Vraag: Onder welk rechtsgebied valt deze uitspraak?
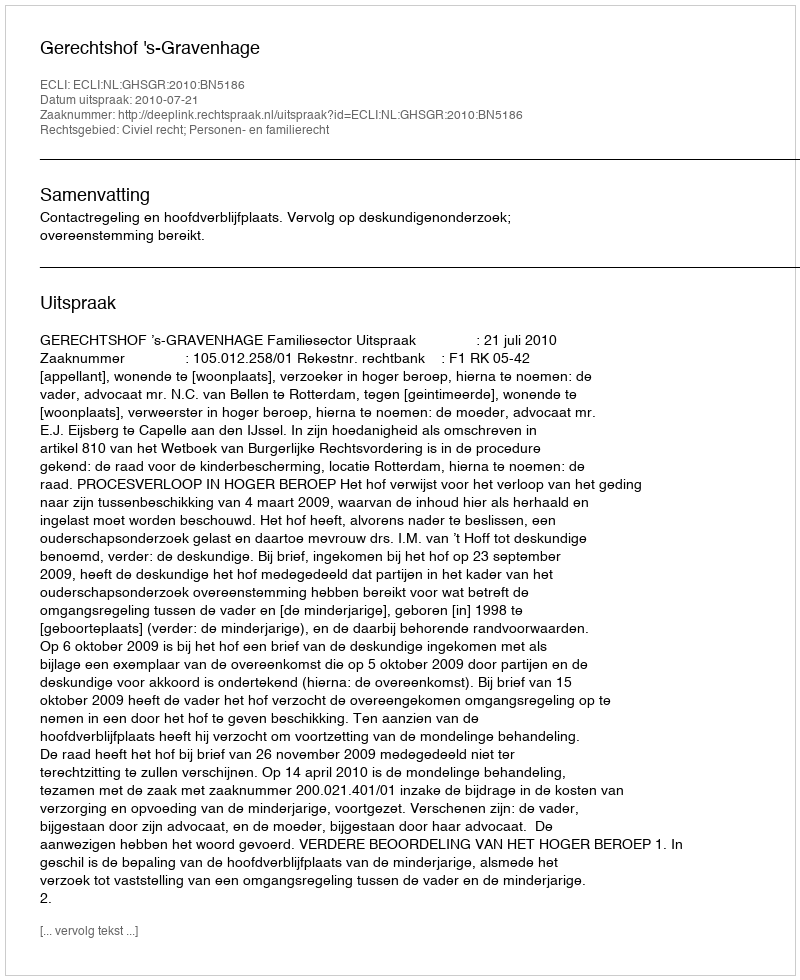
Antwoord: Civiel recht; Personen- en familierecht